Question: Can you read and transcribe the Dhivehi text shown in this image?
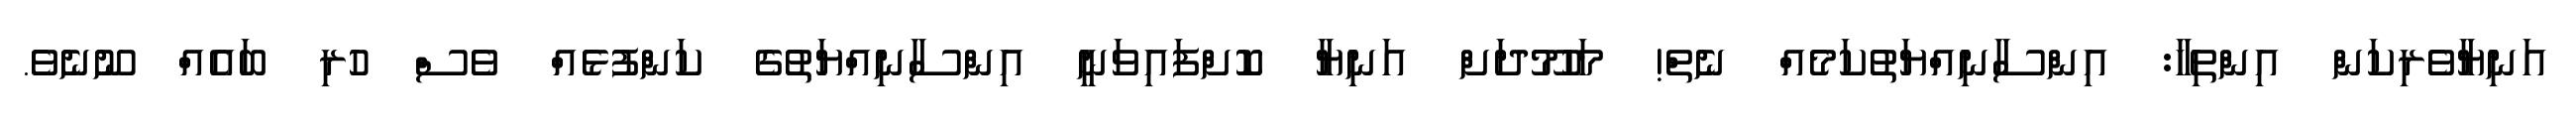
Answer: އަނިޔާވެރިކަން އިންތިހާ: އިންސާނިއްޔަތުކަމެއް ނެތް! މަހުމޫދަށް އަނިޔާ ކޮށްފައިވަނީ އިންސާނިއްޔަތުގެ ކަންފުޅެއް ވެސް ހުރި ބައެއް ނޫނެވެ.